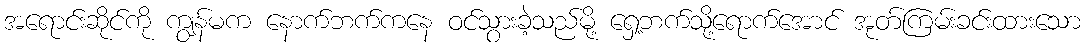
အရောင်းဆိုင်ကို ကျွန်မက နောက်ဘက်ကနေ ဝင်သွားခဲ့သည်မို့ ရှေ့ဘက်သို့ရောက်အောင် အုတ်ကြမ်းခင်းထားသော